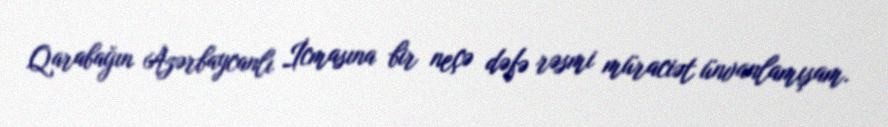
Qarabağın Azərbaycanlı İcmasına bir neçə dəfə rəsmi müraciət ünvanlamışam.